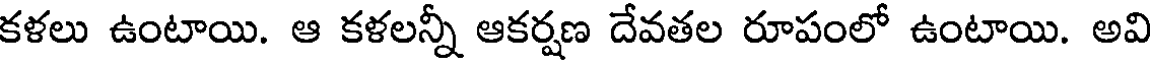
కళలు ఉంటాయి. ఆ కళలన్నీ ఆకర్షణ దేవతల రూపంలో ఉంటాయి. అవి